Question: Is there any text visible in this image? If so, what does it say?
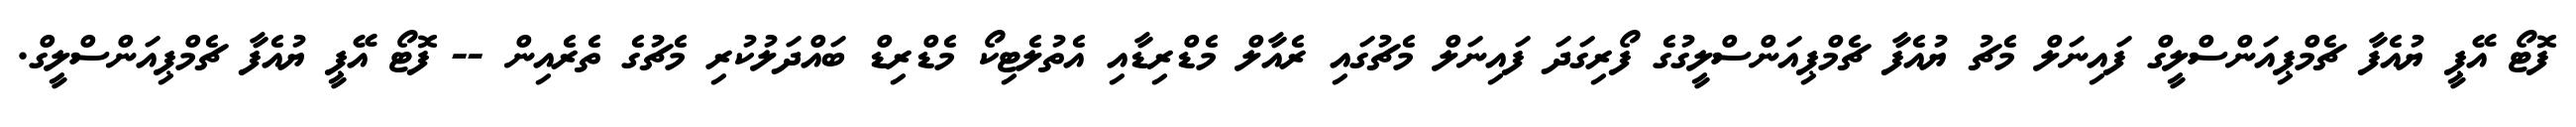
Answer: ފޮޓޯ އޭޕީ ޔުއެފާ ޗެމްޕިއަންސްލީގް ފައިނަލް މެޗު ޔުއެފާ ޗެމްޕިއަންސްލީގުގެ ފޯރިގަދަ ފައިނަލް މެޗުގައި ރެއާލް މެޑްރިޑާއި އެތުލެޓިކޯ މެޑްރިޑް ބައްދަލުކުރި މެޗުގެ ތެރެއިން -- ފޮޓޯ އޭޕީ ޔުއެފާ ޗެމްޕިއަންސްލީގް.